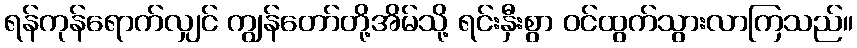
ရန်ကုန်ရောက်လျှင် ကျွန်တော်တို့အိမ်သို့ ရင်းနှီးစွာ ဝင်ထွက်သွားလာကြသည်။